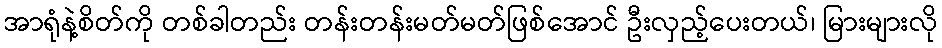
အာရုံနဲ့စိတ်ကို တစ်ခါတည်း တန်းတန်းမတ်မတ်ဖြစ်အောင် ဦးလှည့်ပေးတယ်၊ မြားများလို